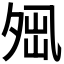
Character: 𡖕